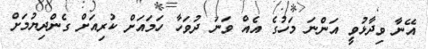
އޭނާ ވިދާޅުވީ އަންނަ މަހުގެ އެއް ވަނަ ދުވަހާ ހަމައަށް ކުރިއަށް ގެންދިޔުމަށް